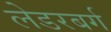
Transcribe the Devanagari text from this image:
लेडरबर्ग